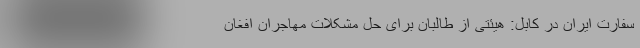
سفارت ایران در کابل: هیئتی از طالبان برای حل مشکلات مهاجران افغان